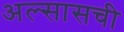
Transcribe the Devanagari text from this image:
अल्सासची